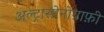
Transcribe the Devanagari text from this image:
अल्ट्रासोनोग्राफ़ी